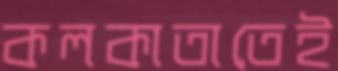
কলকাতাতেই